Scottish Leaving Certificate Examination, 1957
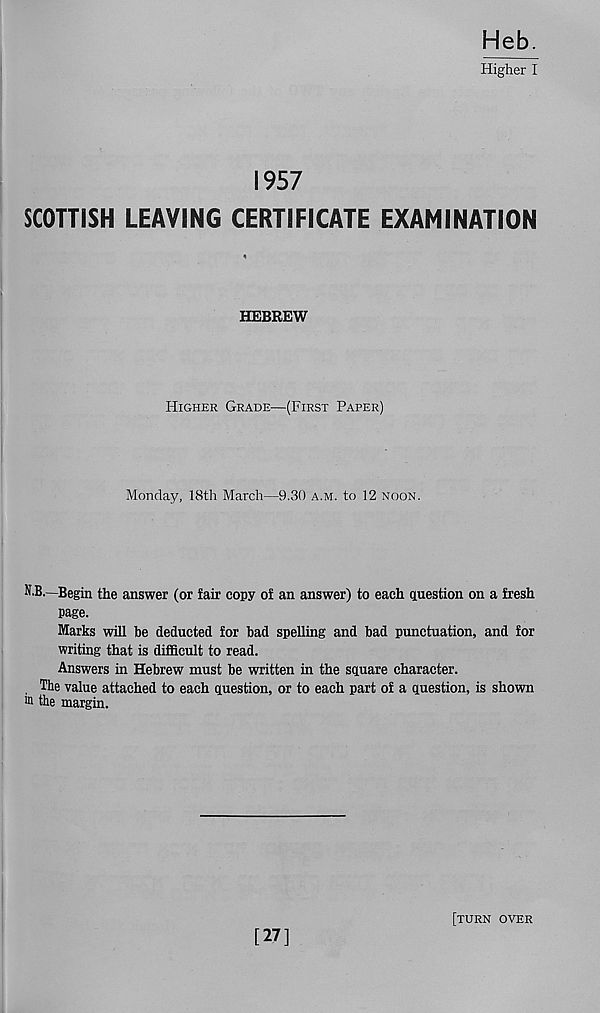
Heb.
Higher I
1957
SCOTTISH LEAVING CERTIFICATE EXAMINATION
HEBREW
Higher Grade—(First Paper)
Monday, 18th March—9.30 a.m. to 12 noon.
N.B.—Begin the answer (or fair copy of an answer) to each question on a fresh
page.
Marks will be deducted for bad spelling and bad punctuation, and for
writing that is difficult to read.
Answers in Hebrew must be written in the square character.
, The value attached to each question, or to each part of a question, is shown
m the margin.
[27]
[turn over